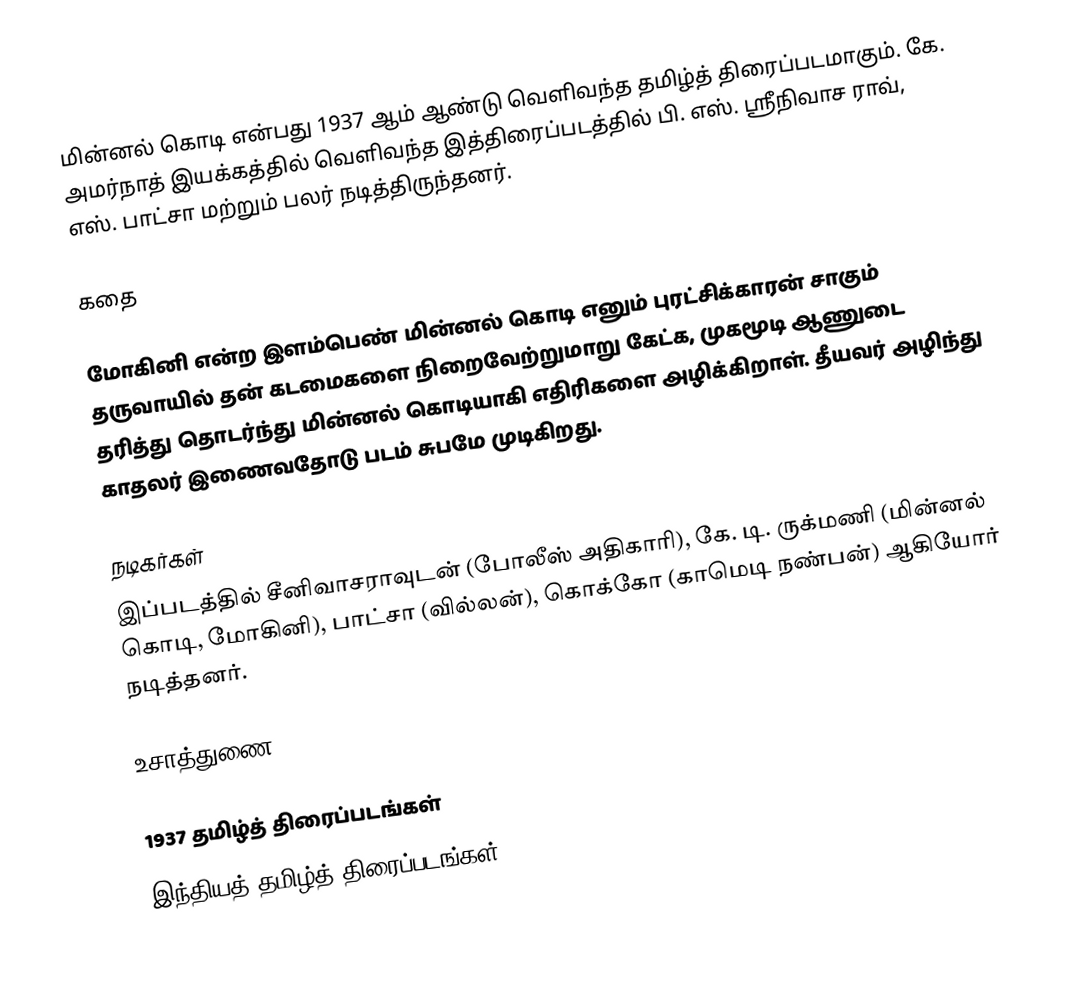
மின்னல் கொடி என்பது 1937 ஆம் ஆண்டு வெளிவந்த தமிழ்த் திரைப்படமாகும். கே. அமர்நாத் இயக்கத்தில் வெளிவந்த இத்திரைப்படத்தில் பி. எஸ். ஸ்ரீநிவாச ராவ், எஸ். பாட்சா மற்றும் பலர் நடித்திருந்தனர்.

கதை

மோகினி என்ற இளம்பெண் மின்னல் கொடி எனும் புரட்சிக்காரன் சாகும் தருவாயில் தன் கடமைகளை நிறைவேற்றுமாறு கேட்க, முகமூடி ஆணுடை தரித்து தொடர்ந்து மின்னல் கொடியாகி எதிரிகளை அழிக்கிறாள். தீயவர் அழிந்து காதலர் இணைவதோடு படம் சுபமே முடிகிறது.

நடிகர்கள்
இப்படத்தில் சீனிவாசராவுடன் (போலீஸ் அதிகாரி), கே. டி. ருக்மணி (மின்னல் கொடி, மோகினி), பாட்சா (வில்லன்), கொக்கோ (காமெடி நண்பன்) ஆகியோர் நடித்தனர்.

உசாத்துணை

1937 தமிழ்த் திரைப்படங்கள்
இந்தியத் தமிழ்த் திரைப்படங்கள்